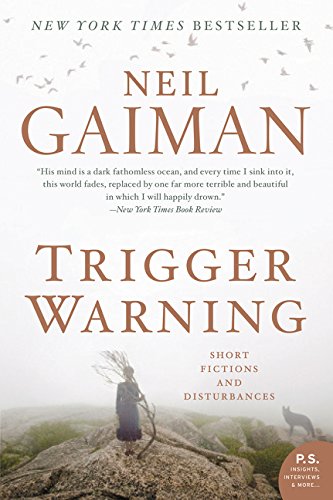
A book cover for Trigger Warning: Short Fictions and Disturbances; Neil Gaiman; Science Fiction & Fantasy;